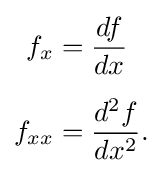
{\begin{aligned}f_{x}&={\frac {df}{dx}}\\[5pt]f_{xx}&={\frac {d^{2}f}{dx^{2}}}.\end{aligned}}